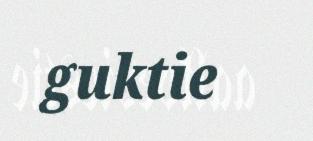
guktie